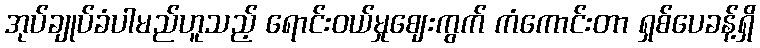
အုပ်ချုပ်ခံပါမည်ဟူသည့် ရောင်းဝယ်မှုဈေးကွက် ကံကောင်းတာ ရှစ်ပေခန့်ရှိ